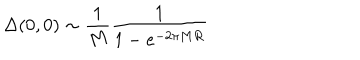
\Delta ( 0 , 0 ) \sim { \frac { 1 } { M } } { \frac { 1 } { 1 - e ^ { - 2 \pi M R } } }